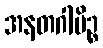
အနတဂါမိဉ္စ